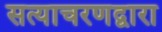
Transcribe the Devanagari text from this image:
सत्याचरणद्वारा